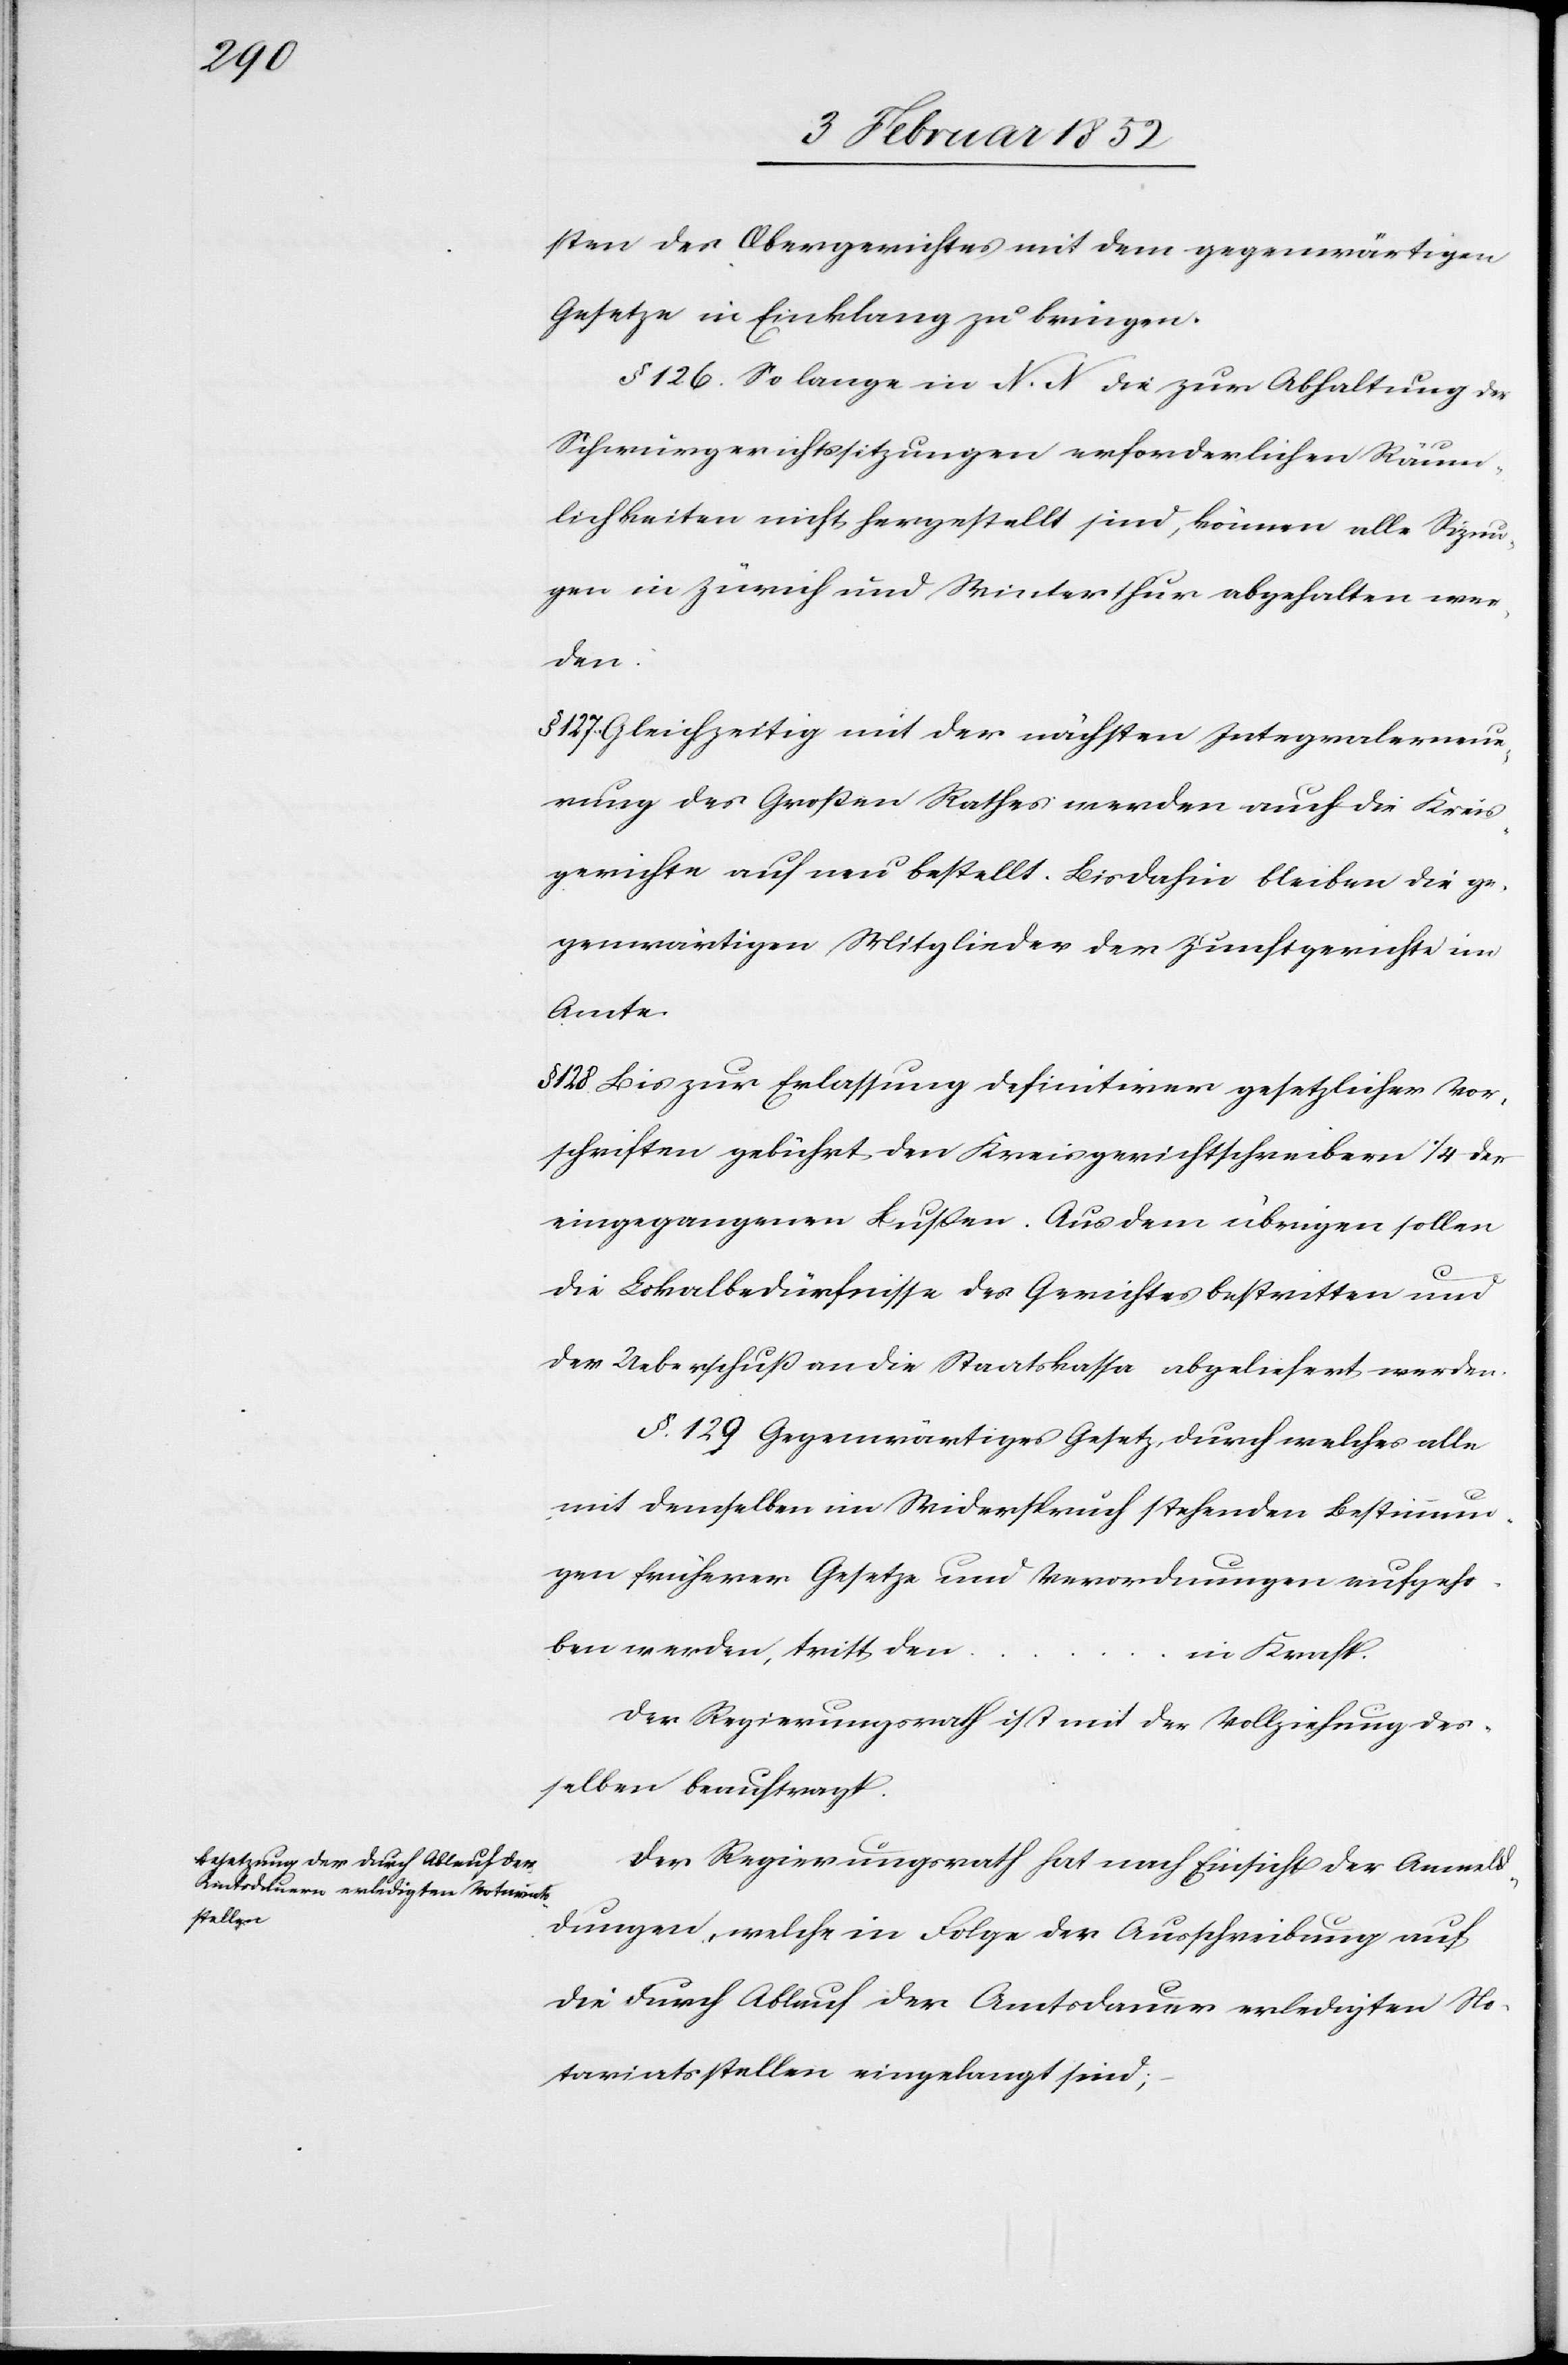
sten des Obergerichtes mit dem gegenwärtigen
Gesetze in Einklang zu bringen.
§ 126. So lange in N. N. die zur Abhaltung der
Schwurgerichtssitzungen erforderlichen Räum¬
lichkeiten nicht hergestellt sind, können alle Si[t]zun¬
gen in Zürich und Winterthur abgehalten wer¬
den.
§ 127. Gleichzeitig mit der nächsten Integralerneue¬
rung des Großen Rathes werden auch die Kreis¬
gerichte auch [sic!] neu bestellt. Bisdahin bleiben die ge¬
genwärtigen Mitglieder der Zunftgerichte im
Amte.
§ 128. Bis zur Entlassung definitiver gesetzlicher Vor¬
schriften gebührt den Kreisgerichtschreibern 1/4 der
eingegangenen Bußen. Aus dem übrigen sollen
die Lokalbedürfnisse des Gerichtes bestritten und
der Ueberschuß an die Staatskassa abgeliefert werden.
§. 129 Gegenwärtiges Gesetz, durch welches alle
mit demselben in Widerspruch stehenden Bestimmun¬
gen früherer Gesetze und Verordnungen aufgeho¬
ben werden, tritt den
in Kraft.
Der Regierungsrath ist mit der Vollziehung des¬
selben beauftragt.
Der Regierungsrath hat nach Einsicht der Anmel¬
dungen, welche in Folge der Ausschreibung auf
die durch Ablauf der Amtsdauer erledigten No¬
tariatsstellen eingelangt sind;